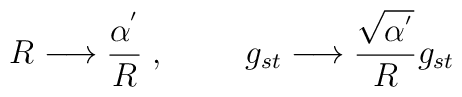
R\longrightarrow \frac{\alpha^{'}}{R}\;, \hspace{1cm}g_{st} \longrightarrow \frac{\sqrt{\alpha^{'}}}{R}g_{st}